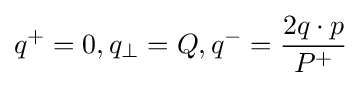
q^{+}=0,q_{\perp }=Q,q^{-}={\frac {2q\cdot p}{P^{+}}}